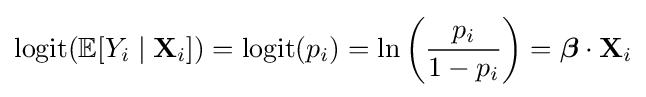
\operatorname {logit} (\operatorname {\mathbb {E} } [Y_{i}\mid \mathbf {X} _{i}])=\operatorname {logit} (p_{i})=\ln \left({\frac {p_{i}}{1-p_{i}}}\right)={\boldsymbol {\beta }}\cdot \mathbf {X} _{i}